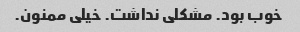
خوب بود. مشکلی نداشت. خیلی ممنون.